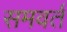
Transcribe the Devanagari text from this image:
समवर्त